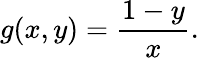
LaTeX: g(x,y)={\frac{1-y}{x}}.